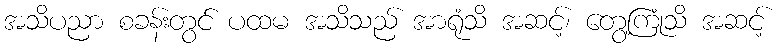
အသိပညာ စခန်းတွင် ပထမ အသိသည် အာရုံသိ အဆင့်၊ တွေ့ကြုံသိ အဆင့်